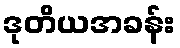
ဒုတိယအခန်း